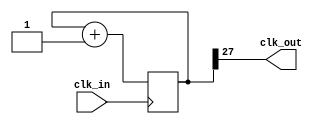
//Module:   clock generator
//Function: divides the 100MHz clock by 2^25 to give a slow clock of around 1/3 s period

module clkgen( input    clk_in,
               output   clk_out );

reg [27:0] counter = 28'd0;

always @(posedge clk_in)
begin
    counter <= counter + 1'b1;
end

assign clk_out = counter[27];
//assign seg_clk = counter[20];

endmodule